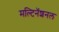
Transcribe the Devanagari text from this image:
मल्टिनॅशनल